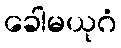
ခေါမယုဂံ